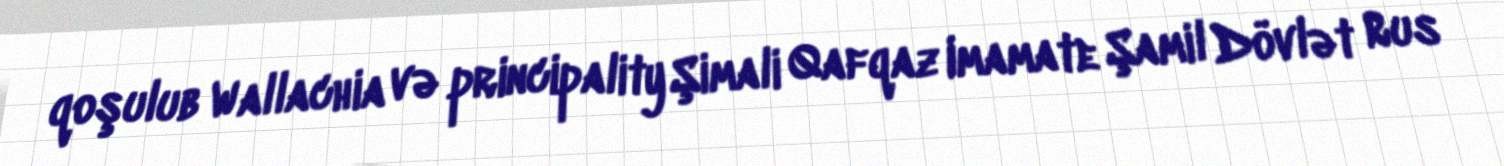
qoşulub Wallachia və principality Şimali Qafqaz Imamate Şamil Dövlət Rus